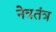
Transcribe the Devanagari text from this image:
नेत्रतंत्र